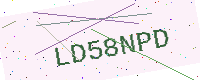
Text: LD58NPD